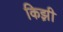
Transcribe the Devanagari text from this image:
किझ़ी